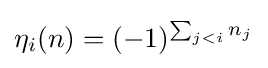
\eta _{i}(n)=(-1)^{\sum _{j<i}n_{j}}